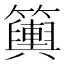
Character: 𥷔